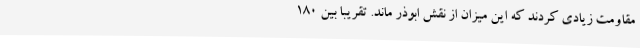
مقاومت زیادی کردند که این میزان از نقش ابوذر ماند. تقریبا بین 180